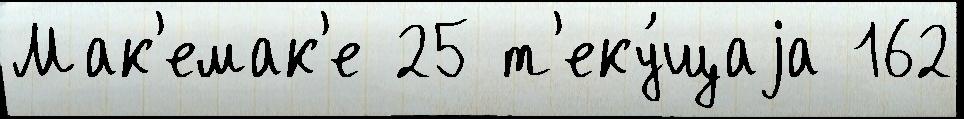
Мак'емак'е 25 т'еку́щаjа 162